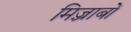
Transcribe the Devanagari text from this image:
मिज़्राबों